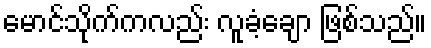
မောင်သိုက်ကလည်း လူခံ့ချော ဖြစ်သည်။